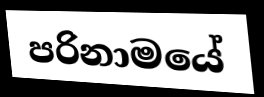
පරිනාමයේ